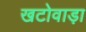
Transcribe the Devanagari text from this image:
खटोवाड़ा